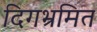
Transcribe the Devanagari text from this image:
दिगभ्रमित